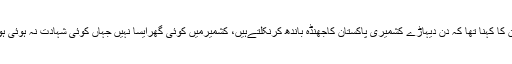
ان کا کہنا تھا کہ دن دیہاڑے کشمیری پاکستان کاجھنڈہ باندھ کرنکلتےہیں، کشمیرمیں کوئی گھرایسا نہیں جہاں کوئی شہادت نہ ہوئی ہو۔